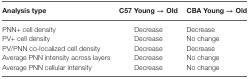
<table><thead><tr><td><b>Analysis type</b></td><td><b>C57 Young → Old</b></td><td><b>CBA Young → Old</b></td></tr></thead><tbody><tr><td>PNN+ cell density</td><td>Decrease</td><td>Decrease</td></tr><tr><td>PV+ cell density</td><td>Decrease</td><td>No change</td></tr><tr><td>PV/PNN co-localized cell density</td><td>Decrease</td><td>Decrease</td></tr><tr><td>Average PNN intensity across layers</td><td>Decrease</td><td>No change</td></tr><tr><td>Average PNN cellular intensity</td><td>Decrease</td><td>No change</td></tr></tbody></table>